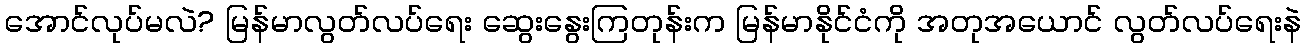
အောင်လုပ်မလဲ? မြန်မာလွတ်လပ်ရေး ဆွေးနွေးကြတုန်းက မြန်မာနိုင်ငံကို အတုအယောင် လွတ်လပ်ရေးနဲ